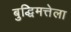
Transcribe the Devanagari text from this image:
बुद्धिमत्तेला